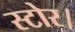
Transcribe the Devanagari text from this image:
स्टोर।